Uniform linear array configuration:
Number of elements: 12
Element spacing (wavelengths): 0.25
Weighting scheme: hamming
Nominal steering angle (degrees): -15
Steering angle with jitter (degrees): -13.613
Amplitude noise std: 0.05
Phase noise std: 0.05

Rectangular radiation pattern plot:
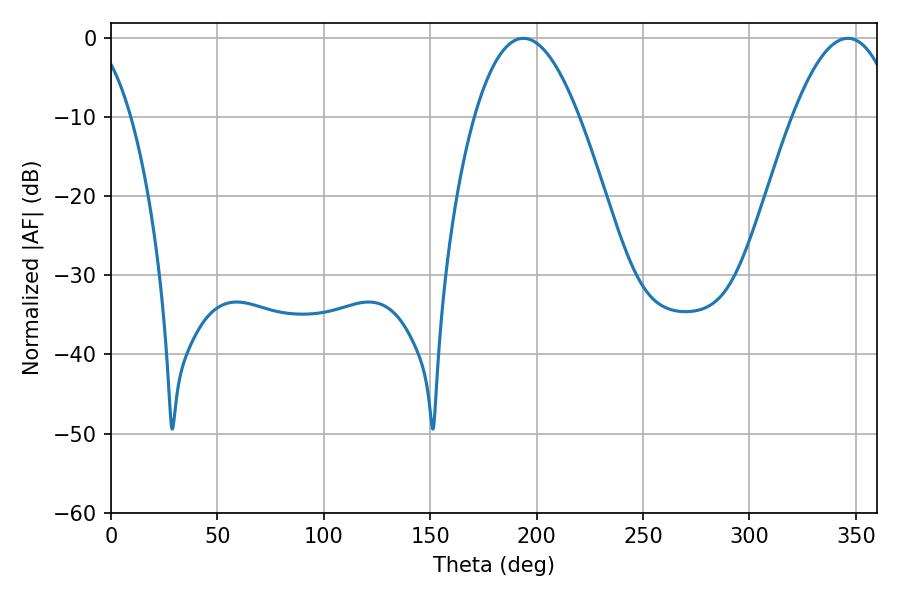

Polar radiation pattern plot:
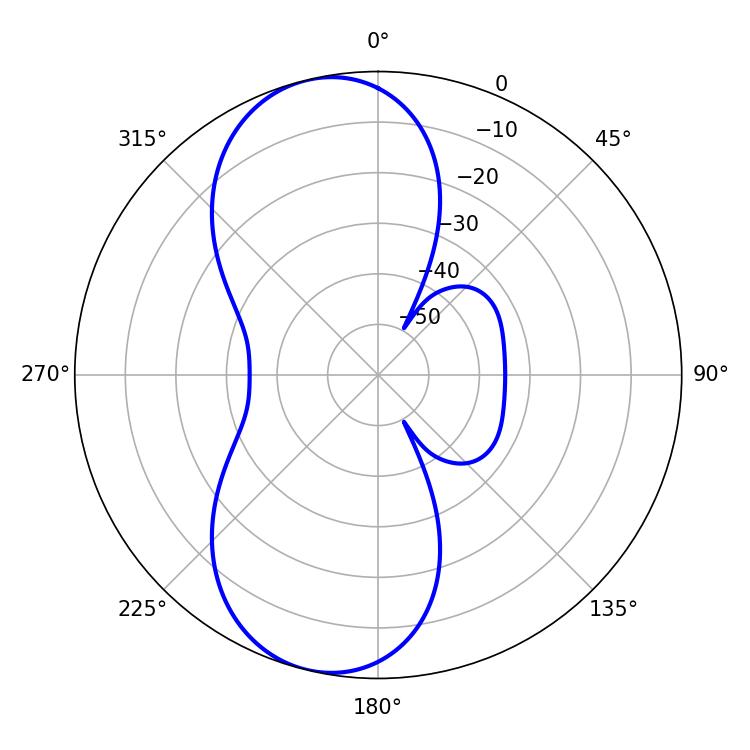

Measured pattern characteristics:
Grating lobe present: FALSE
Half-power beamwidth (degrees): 27
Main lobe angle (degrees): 193.68